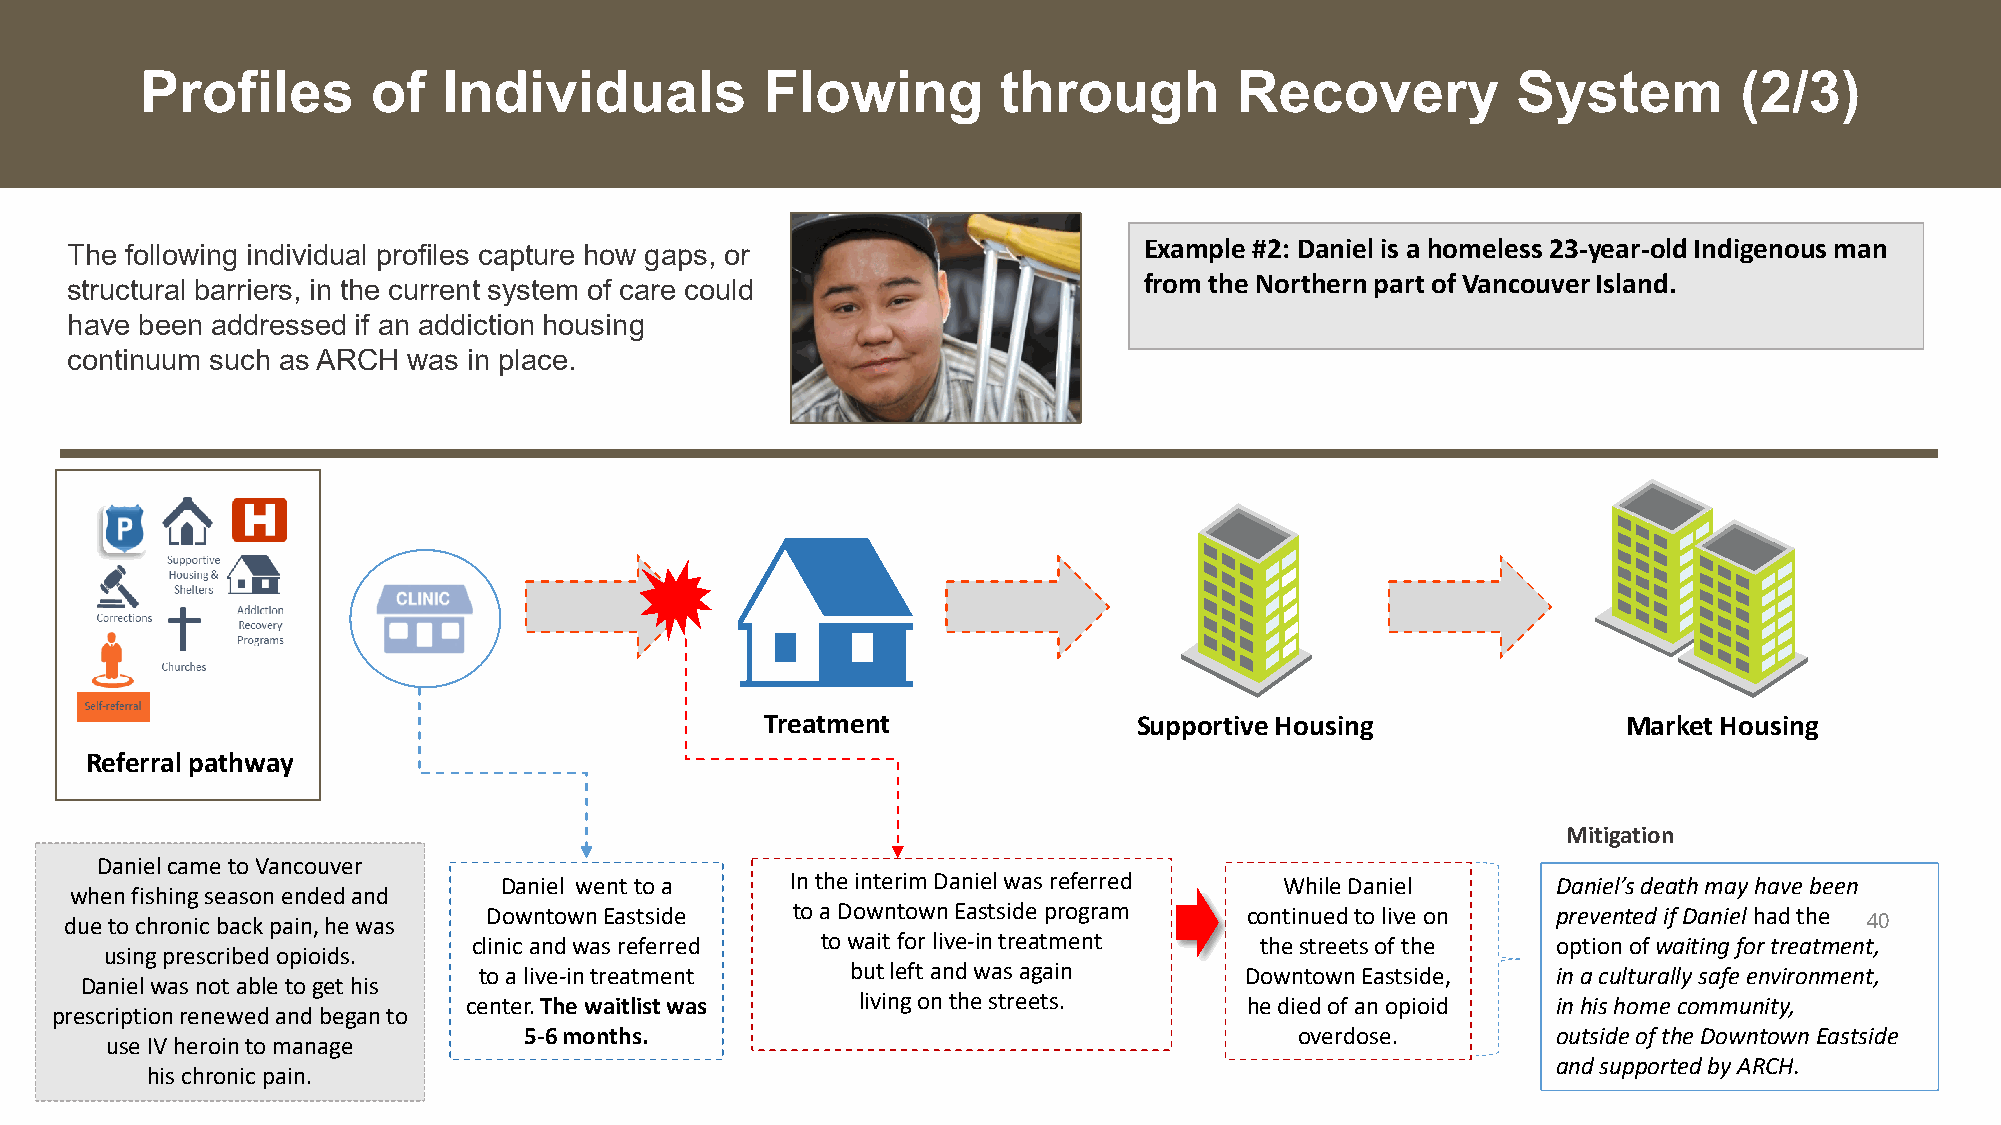
Profiles        of  Individuals           Flowing        through         Recovery          System         (2/3)
 Add  photo            Example #2: Daniel is a homeless 23-year-old Indigenous man
 The following individual profiles capture how gaps, or
 from the Northern part of Vancouver Island.
 structural barriers, in the current system of care could
 have been addressed if an addiction housing
 continuum such as ARCH was in place.
 Treatment               Supportive Housing               Market Housing
 Referral pathway
 Mitigation
 Daniel came to Vancouver
 Daniel went to a   In the interim Daniel was referred While Daniel    Daniel’s death may have been
 when fishing season ended and
 Downtown Eastside   to a Downtown Eastside program continued to live on prevented if Daniel had the
 due to chronic back pain, he was                                                                                        40
 clinic and was referred to wait for live-in treatment the streets of the option of waiting for treatment,
 using prescribed opioids.
 to a live-in treatment  but left and was again    Downtown Eastside,   in a culturally safe environment,
 Daniel was not able to get his
 center. The waitlist was  living on the streets.   he died of an opioid in his home community,
 prescription renewed and began to
 5-6 months.                                        overdose.        outside of the Downtown Eastside
 use IV heroin to manage
 and supported by ARCH.
 his chronic pain.